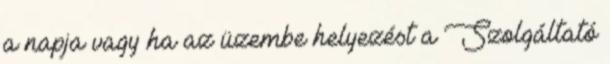
a napja vagy ha az üzembe helyezést a Szolgáltató